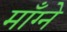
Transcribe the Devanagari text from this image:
माँग्ने